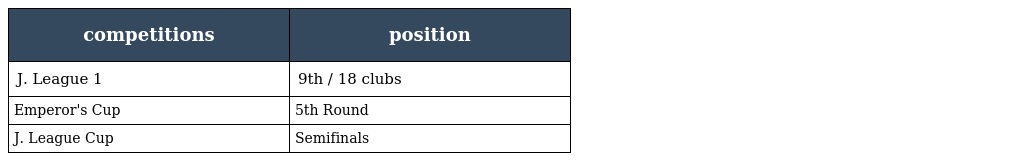
| competitions | position |
 | --- | --- |
 | J. League 1 | 9th / 18 clubs |
 | Emperor's Cup | 5th Round |
 | J. League Cup | Semifinals |